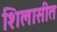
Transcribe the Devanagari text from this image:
शिलासीत